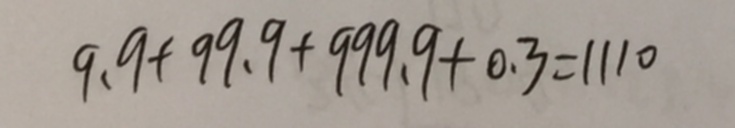
9 . 9 + 9 9 . 9 + 9 9 9 . 9 + 0 . 3 = 1 1 1 0